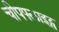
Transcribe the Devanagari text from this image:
चीपफ्लाइट्स